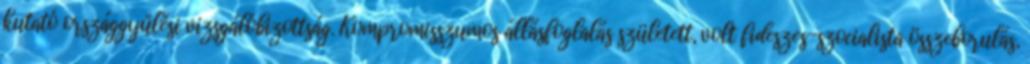
kutató országgyűlési vizsgálóbizottság. Kompromisszumos állásfoglalás született, volt fideszes-szocialista összeborulás,